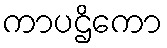
ကာပဌိကော